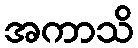
အကာသိ